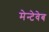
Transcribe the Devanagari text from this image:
मेन्टेवेब